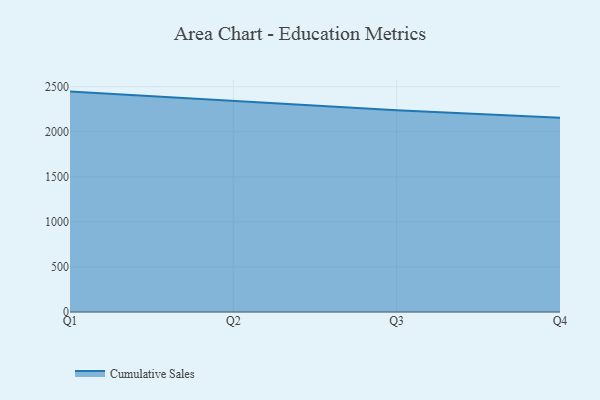
{"axis": {"x": "Quarter", "y": "Satisfaction Score"}, "legend": ["Cumulative Sales"], "data": [{"x": "Q1", "y": 2445.8, "type": "Cumulative Sales"}, {"x": "Q2", "y": 2340.0, "type": "Cumulative Sales"}, {"x": "Q3", "y": 2238.1, "type": "Cumulative Sales"}, {"x": "Q4", "y": 2154.6, "type": "Cumulative Sales"}]}